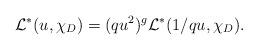
LaTeX: \begin{align*} \mathcal{L}^{*}(u,\chi_{D})=(qu^{2})^g \mathcal{L}^{*}(1/qu,\chi_{D}).\end{align*}